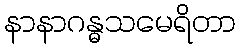
နာနာဂန္ဓသမေရိတာ